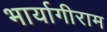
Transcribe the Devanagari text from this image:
भार्यागीराम